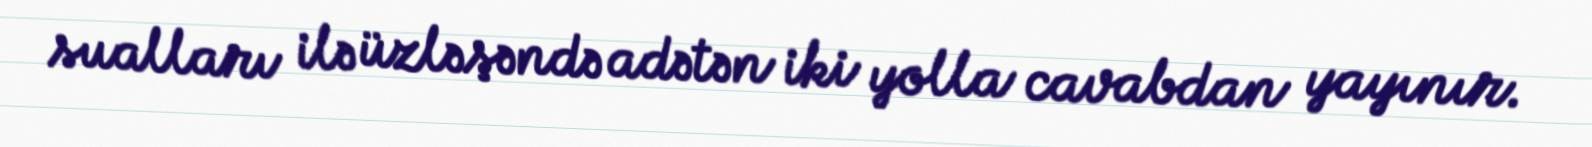
sualları ilə üzləşəndə adətən iki yolla cavabdan yayınır.